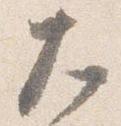
大